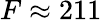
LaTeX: F\approx 211